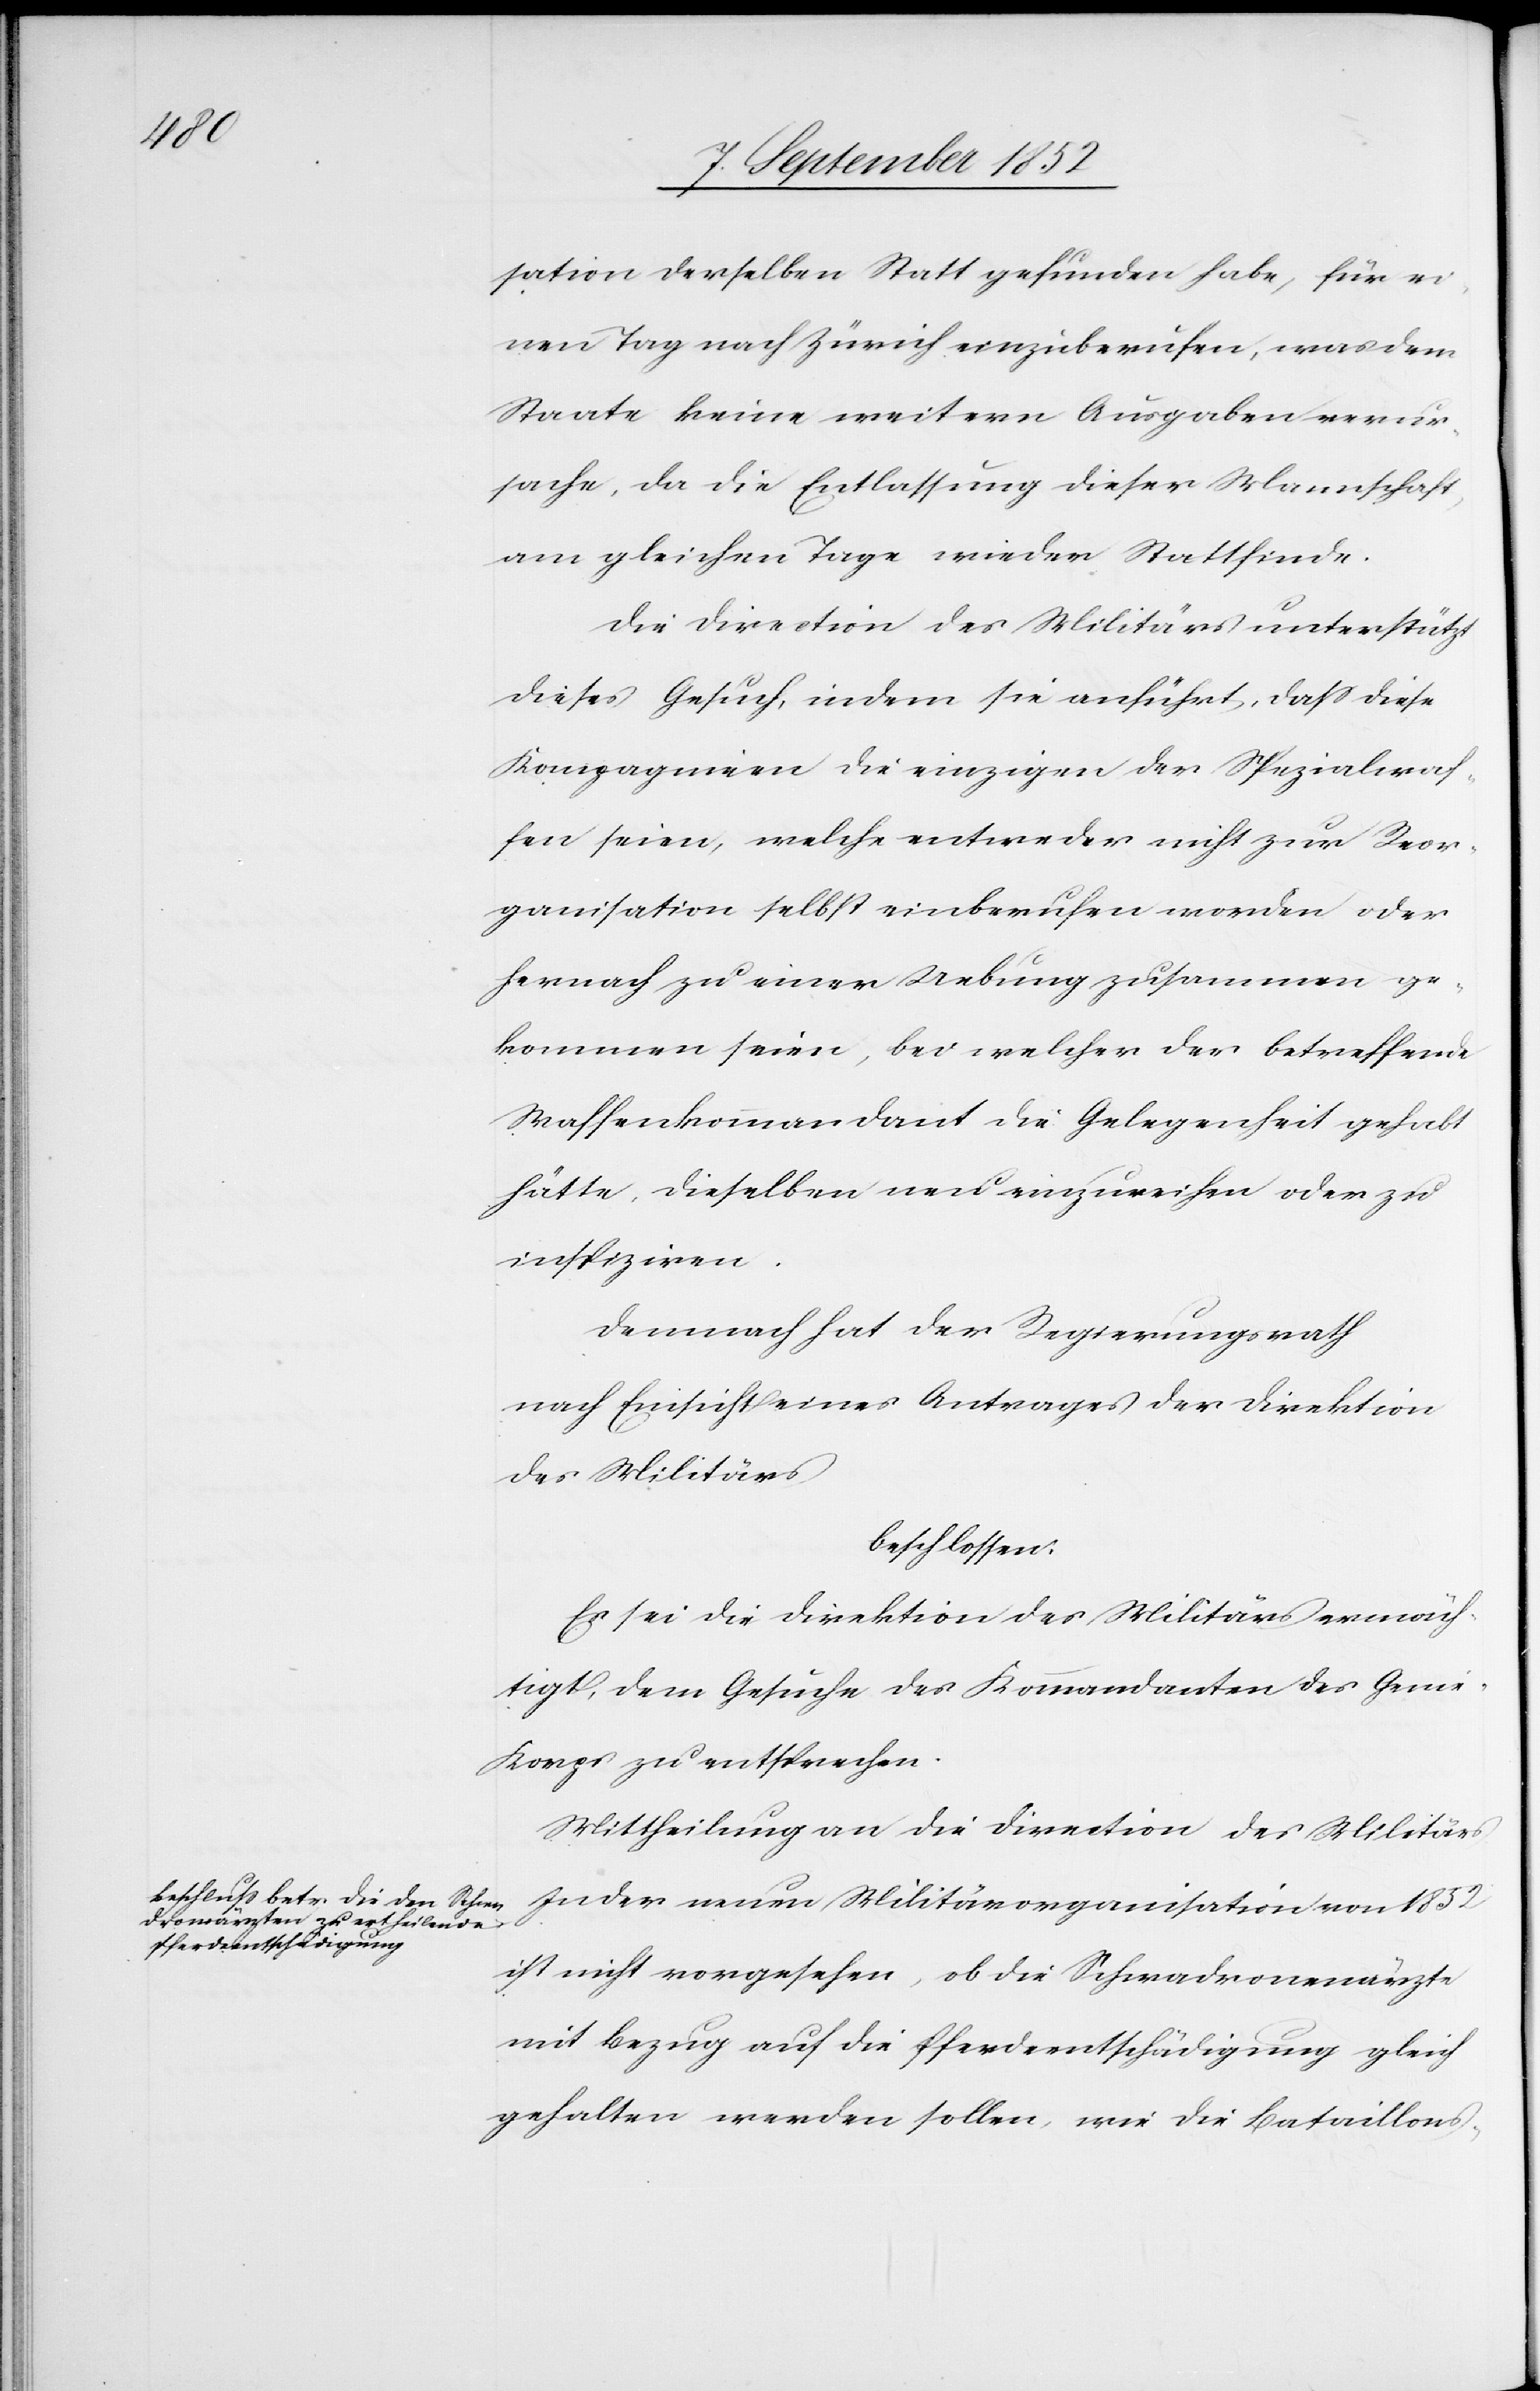
s[.]

sation derselben Statt gefunden habe, für ei¬
nen Tag nach Zürich einzuberufen, was dem
Staate keine weitern Ausgaben verur¬
sache, da die Entlassung dieser Mannschaft
am gleichen Tage wieder Stattfinde.
Die Direction des Militärs unterstützt
dieses Gesuch, indem sie anführt, dass diese
Kompagnieen die einzigen der Spezialwaf¬
fen seien, welche entweder nicht zur Reor¬
ganisation selbst einberufen worden oder
hernach zu einer Uebung zusammen ge¬
kommen seien, bei welcher der betreffende
Waffenkommandant die Gelegenheit gehabt
hätte, dieselben neu einzureihen oder zu
inspiziren.
Demnach hat der Regierungsrath
nach Einsicht eines Antrages der Direktion
des Militärs
beschlossen:
Es sei die Direktion des Militärs ermäch¬
tigt, dem Gesuche des Kommandanten des Geni¬
e-Korps zu entsprechen.
Mittheilung an die Direction des Militär¬
In der neuen Militärorganisation von 1852
ist nicht vorgesehen, ob die Schwadronenärzte
mit Bezug auf die Pferdeentschädigung gleich
gehalten werden sollen, wie die Bataillons-